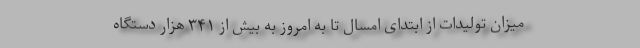
میزان تولیدات از ابتدای امسال تا به امروز به بیش از ۳۴۱ هزار دستگاه